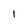
Character: I